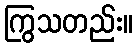
ကြွသတည်း။